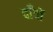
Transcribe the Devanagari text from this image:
दाँवों